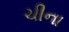
ચીના